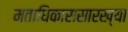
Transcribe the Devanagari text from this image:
मताधिकारासारख्या